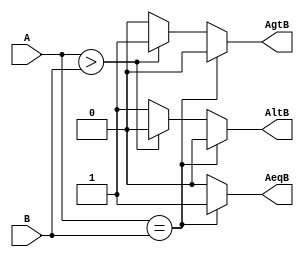
// compare.v
module compare
#(
	parameter N = 4
)
(
	input wire [N-1:0] A, B,
	output reg AeqB, AgtB, AltB
);

  always@*
  begin
  	AeqB = 0;
  	AgtB = 0;
  	AltB = 0;
  	if(A == B)
  		AeqB = 1;
  	else if(A > B)
  		AgtB = 1;
  	else
  		AltB = 1;
  end

endmodule